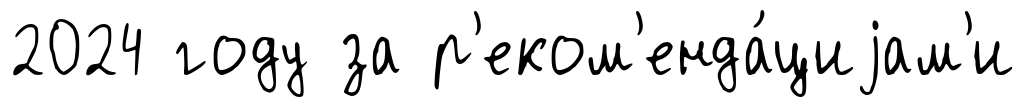
2024 году за р'еком'енда́циjам'и